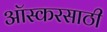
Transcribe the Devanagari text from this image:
ऑस्करसाठी